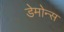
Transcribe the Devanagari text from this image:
डेमोन्स